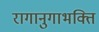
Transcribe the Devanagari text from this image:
रागानुगाभक्ति